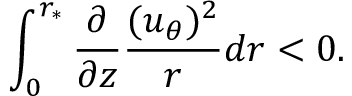
\int _ { 0 } ^ { r _ { \ast } } \frac { \partial } { \partial z } \frac { ( u _ { \theta } ) ^ { 2 } } { r } d r < 0 .